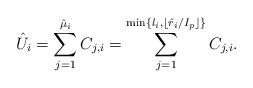
LaTeX: \begin{align*}\hat{U}_i=\sum_{j=1}^{\hat{\mu}_i}C_{j,i}=\sum_{j=1}^{\min\{l_i, \lfloor \hat{r}_i/I_p\rfloor\}}C_{j,i}.\end{align*}